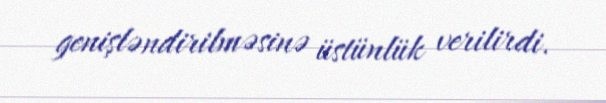
genişləndirilməsinə üstünlük verilirdi.